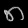
Digit: ၈